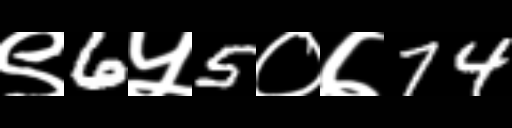
Text: ९6५5०७74